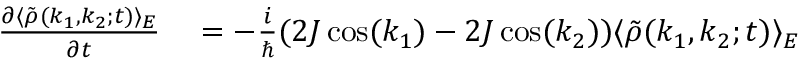
\begin{array} { r l } { \frac { \partial \langle \tilde { \rho } ( k _ { 1 } , k _ { 2 } ; t ) \rangle _ { E } } { \partial t } } & { { } = - \frac { i } { \hbar } ( 2 J \cos ( k _ { 1 } ) - 2 J \cos ( k _ { 2 } ) ) \langle \tilde { \rho } ( k _ { 1 } , k _ { 2 } ; t ) \rangle _ { E } } \end{array}